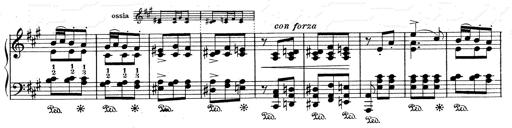
Title: Mephisto Waltz No.1
Composer: Franz Liszt